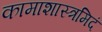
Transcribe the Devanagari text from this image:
कामाशास्त्रमिदं